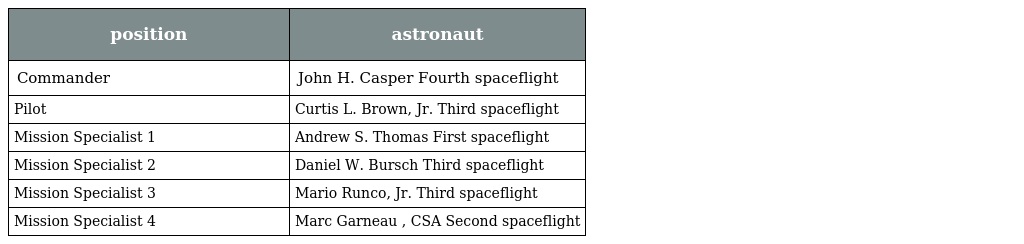
| position | astronaut |
 | --- | --- |
 | Commander | John H. Casper Fourth spaceflight |
 | Pilot | Curtis L. Brown, Jr. Third spaceflight |
 | Mission Specialist 1 | Andrew S. Thomas First spaceflight |
 | Mission Specialist 2 | Daniel W. Bursch Third spaceflight |
 | Mission Specialist 3 | Mario Runco, Jr. Third spaceflight |
 | Mission Specialist 4 | Marc Garneau , CSA Second spaceflight |